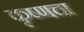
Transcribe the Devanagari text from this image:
कृष्णचा